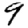
Digit: 9